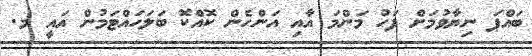
ބައްޕަ ނިޔާވުމަށް ފަހު މަންމަ އާއި އަންހެން ކޮއްކޮ ބަލަހައްޓަމުން އައީ މ.